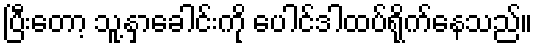
ပြီးတော့ သူ့နှာခေါင်းကို ပေါင်ဒါထပ်ရိုက်နေသည်။